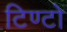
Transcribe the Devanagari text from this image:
टिण्टो